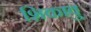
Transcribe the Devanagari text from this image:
शिकावु